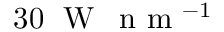
3 0 \; \mathrm { ~ W ~ } \, \mathrm { ~ n ~ m ~ } ^ { - 1 }